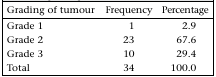
<table><thead><tr><td><b>Grading of tumour</b></td><td><b>Frequency</b></td><td><b>Percentage</b></td></tr></thead><tbody><tr><td>Grade 1</td><td>1</td><td>2.9</td></tr><tr><td>Grade 2</td><td>23</td><td>67.6</td></tr><tr><td>Grade 3</td><td>10</td><td>29.4</td></tr><tr><td>Total</td><td>34</td><td>100.0</td></tr></tbody></table>